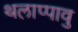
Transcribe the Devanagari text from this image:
थलाप्पावु